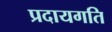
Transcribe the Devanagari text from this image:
प्रदायगति